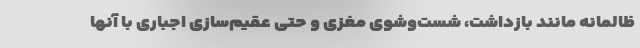
ظالمانه مانند بازداشت، شست‌وشوی مغزی و حتی عقیم‌سازی اجباری با آنها